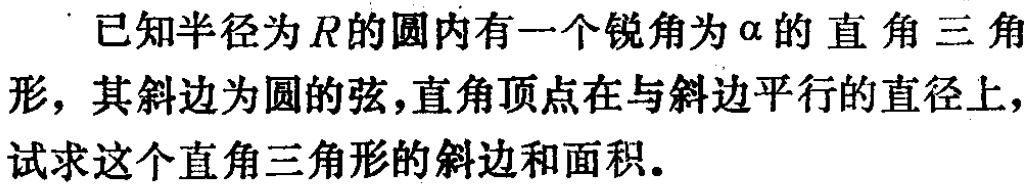
已知半径为\(R\)的圆内有一个锐角为\(\alpha\)的直角三角形，其斜边为圆的弦，直角顶点在与斜边平行的直径上，试求这个直角三角形的斜边和面积。